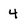
Character: 4